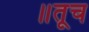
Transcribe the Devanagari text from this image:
॥तूच